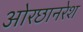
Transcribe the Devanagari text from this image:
ओरछानरेश